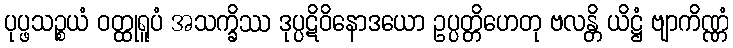
ပုပ္ဖသဉ္စယံ ဝတ္ထုရူပံ အသက္ခိဿ ဒုပ္ပဋိဝိနောဒယော ဥပ္ပတ္တိဟေတု ဗလန္တိ ယိဋ္ဌံ ဗျာကိဏ္ဏံ